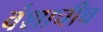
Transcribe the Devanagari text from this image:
वंशाचीच